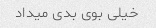
خیلی بوی بدی میداد